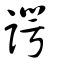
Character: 諤